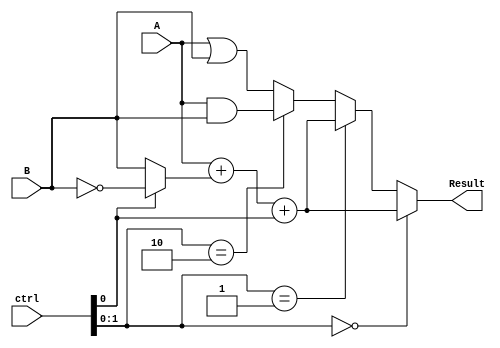
module ALU(A,B,ctrl,Result);

  // Inputs
  input [31:0] A,B;
  input [2:0] ctrl;

  // Outputs
  output [31:0] Result;

  // Interim Wires
  wire [31:0] A_and_B, A_or_B, B_not, A_sum_B;
  wire [31:0] S1;
  wire Cout;

  // Logic Designing
  // And
  assign A_and_B = A & B;
  // Or
  assign A_or_B = A | B;
  // Not
  assign B_not = ~B;
  // 2x1 MUX
  assign S1 = (ctrl[0] == 1'b1) ? B_not : B;
  // Addition / Subtraction
  assign {Cout, A_sum_B} = A + S1 + ctrl[0];
  // Result output through 4x1 MUX
  assign Result = (ctrl[1:0] == 2'b00) ? A_sum_B : (ctrl[1:0] == 2'b01) ? A_sum_B : (ctrl[1:0] == 2'b10) ? A_and_B : A_or_B;

endmodule